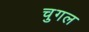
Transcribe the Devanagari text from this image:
चुगल